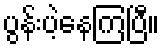
ပွန်းပဲ့နေကြပြီ။